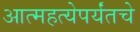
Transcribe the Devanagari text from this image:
आत्महत्येपर्यंतचे